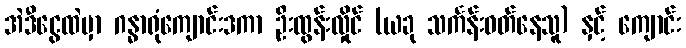
အဲဒီငွေထဲမှာ ဂန္ဓာရုံကျောင်းဒကာ ဦးထွန်းလှိုင် (ယခု သင်္ကန်းဝတ်နေသူ) နှင့် ကျောင်း